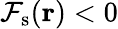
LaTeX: {\cal F}_{\textrm{s}}(\textbf{r})<0